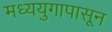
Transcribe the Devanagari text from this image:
मध्ययुगापासून